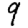
Digit: 9